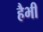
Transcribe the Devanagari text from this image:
हैभी